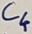
Text: C4